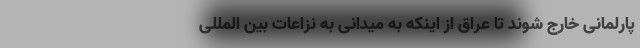
پارلمانی خارج شوند تا عراق از اینکه به میدانی به نزاعات بین المللی